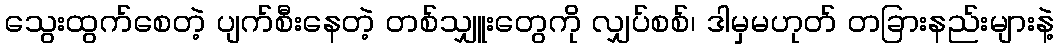
သွေးထွက်စေတဲ့ ပျက်စီးနေတဲ့ တစ်သျှူးတွေကို လျှပ်စစ်၊ ဒါမှမဟုတ် တခြားနည်းများနဲ့